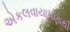
એકલવાયાપણાથી